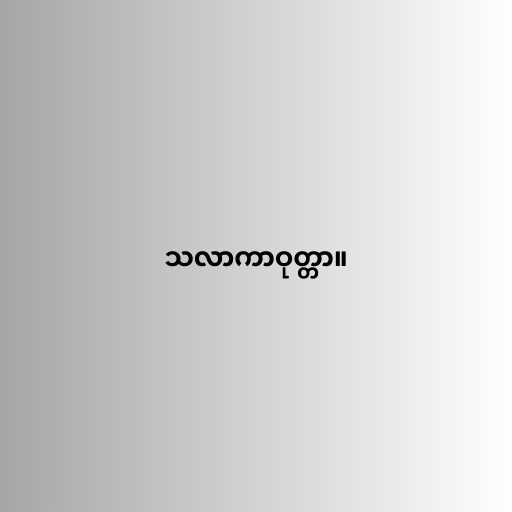
သလာကာဝုတ္တာ။